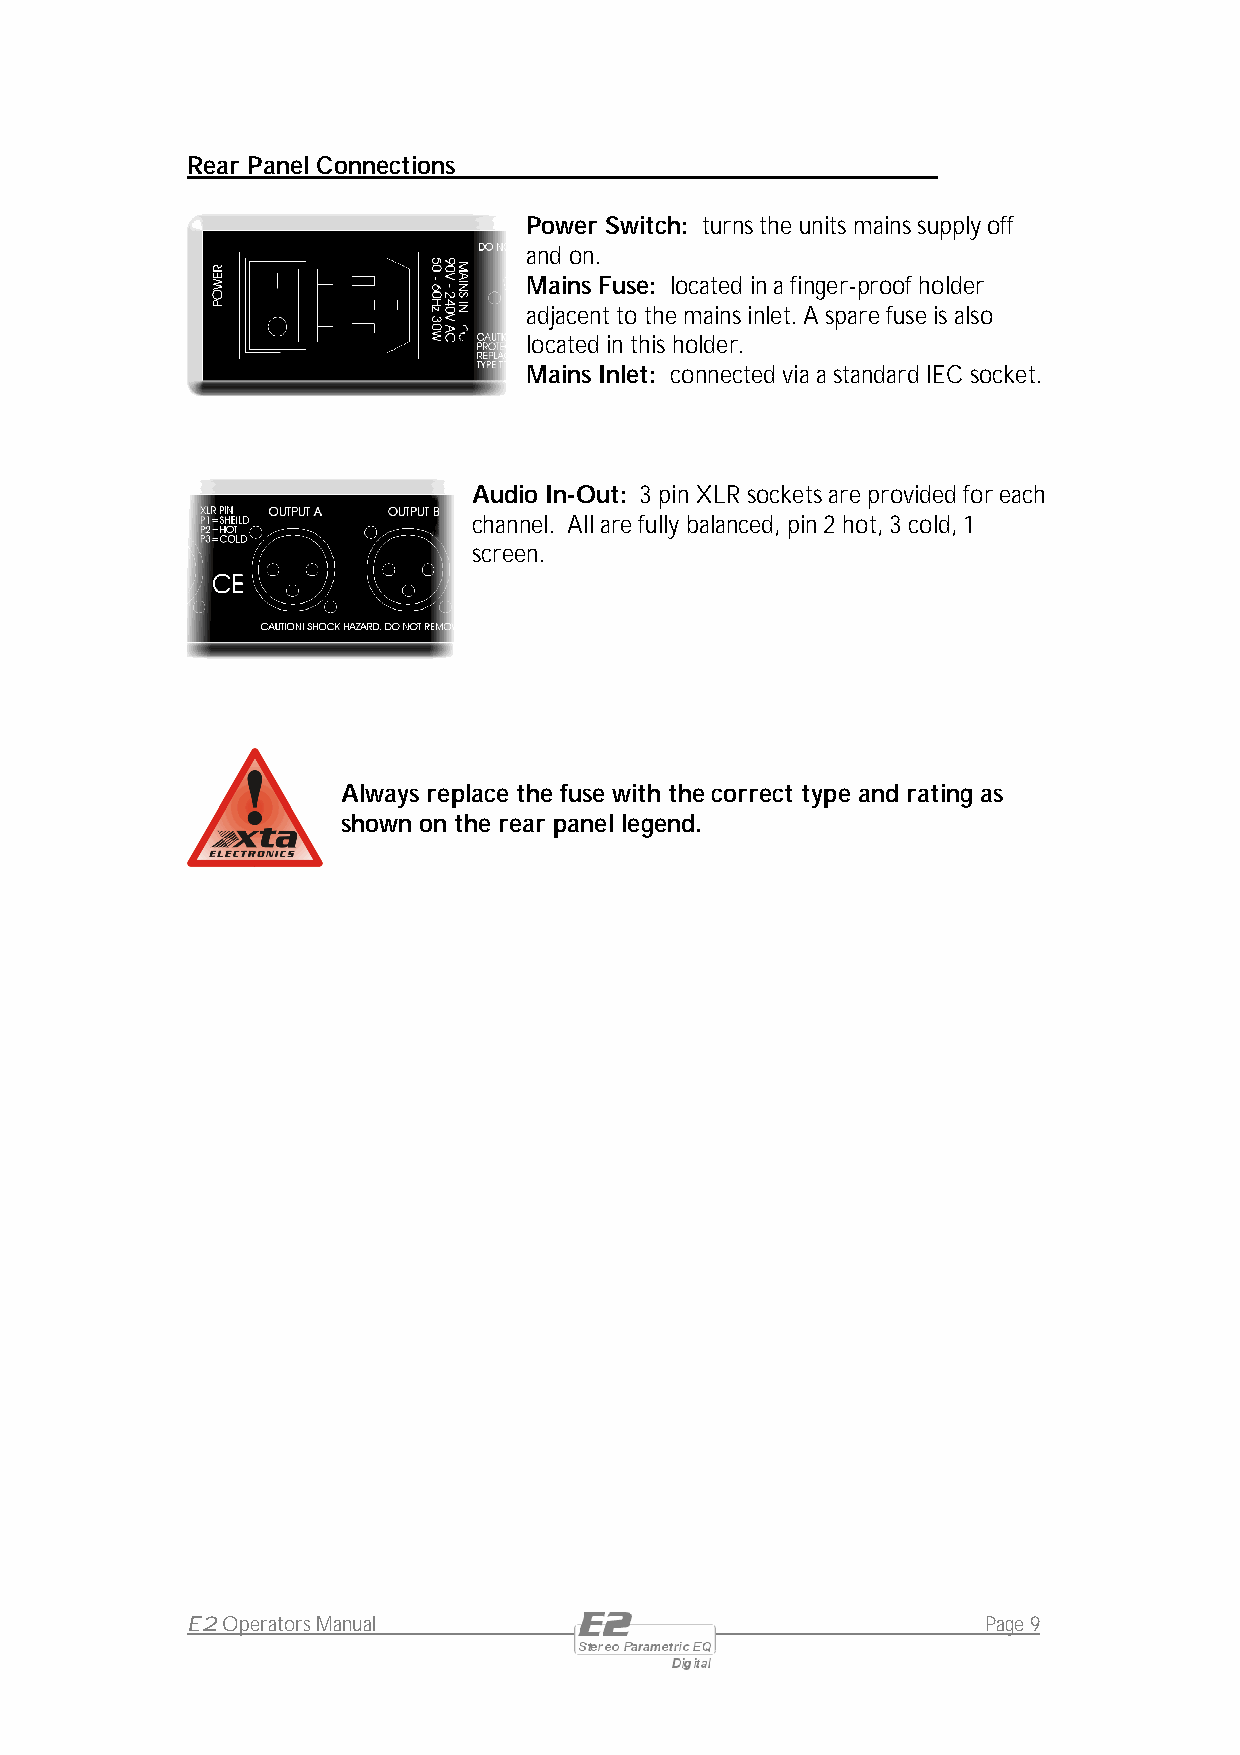
Rear Panel Connections
 Power Switch: turns the units mains supply off
 and on.
 Mains Fuse: located in a finger-proof holder
 adjacent to the mains inlet. A spare fuse is also
 located in this holder.
 Mains Inlet: connected via a standard IEC socket.
 Audio In-Out: 3 pin XLR sockets are provided for each
 channel. All are fully balanced, pin 2 hot, 3 cold, 1
 screen.
 Always replace the fuse with the correct type and rating as
 shown on the rear panel legend.
 E2 Operators Manual                                  Page 9